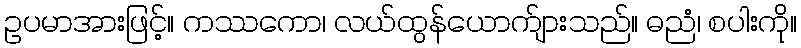
ဥပမာအားဖြင့်။ ကဿကော၊ လယ်ထွန်ယောက်ျားသည်။ ဓညံ၊ စပါးကို။